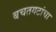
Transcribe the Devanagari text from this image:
बचतगटांचा